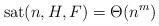
LaTeX: \begin{align*}\textup{sat}(n,H,F) = \Theta (n^m)\end{align*}